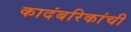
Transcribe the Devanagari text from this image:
कादंबरिकांची